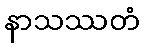
နာသဿတံ